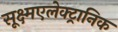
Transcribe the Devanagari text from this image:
सूक्ष्मएलेक्ट्रानिक